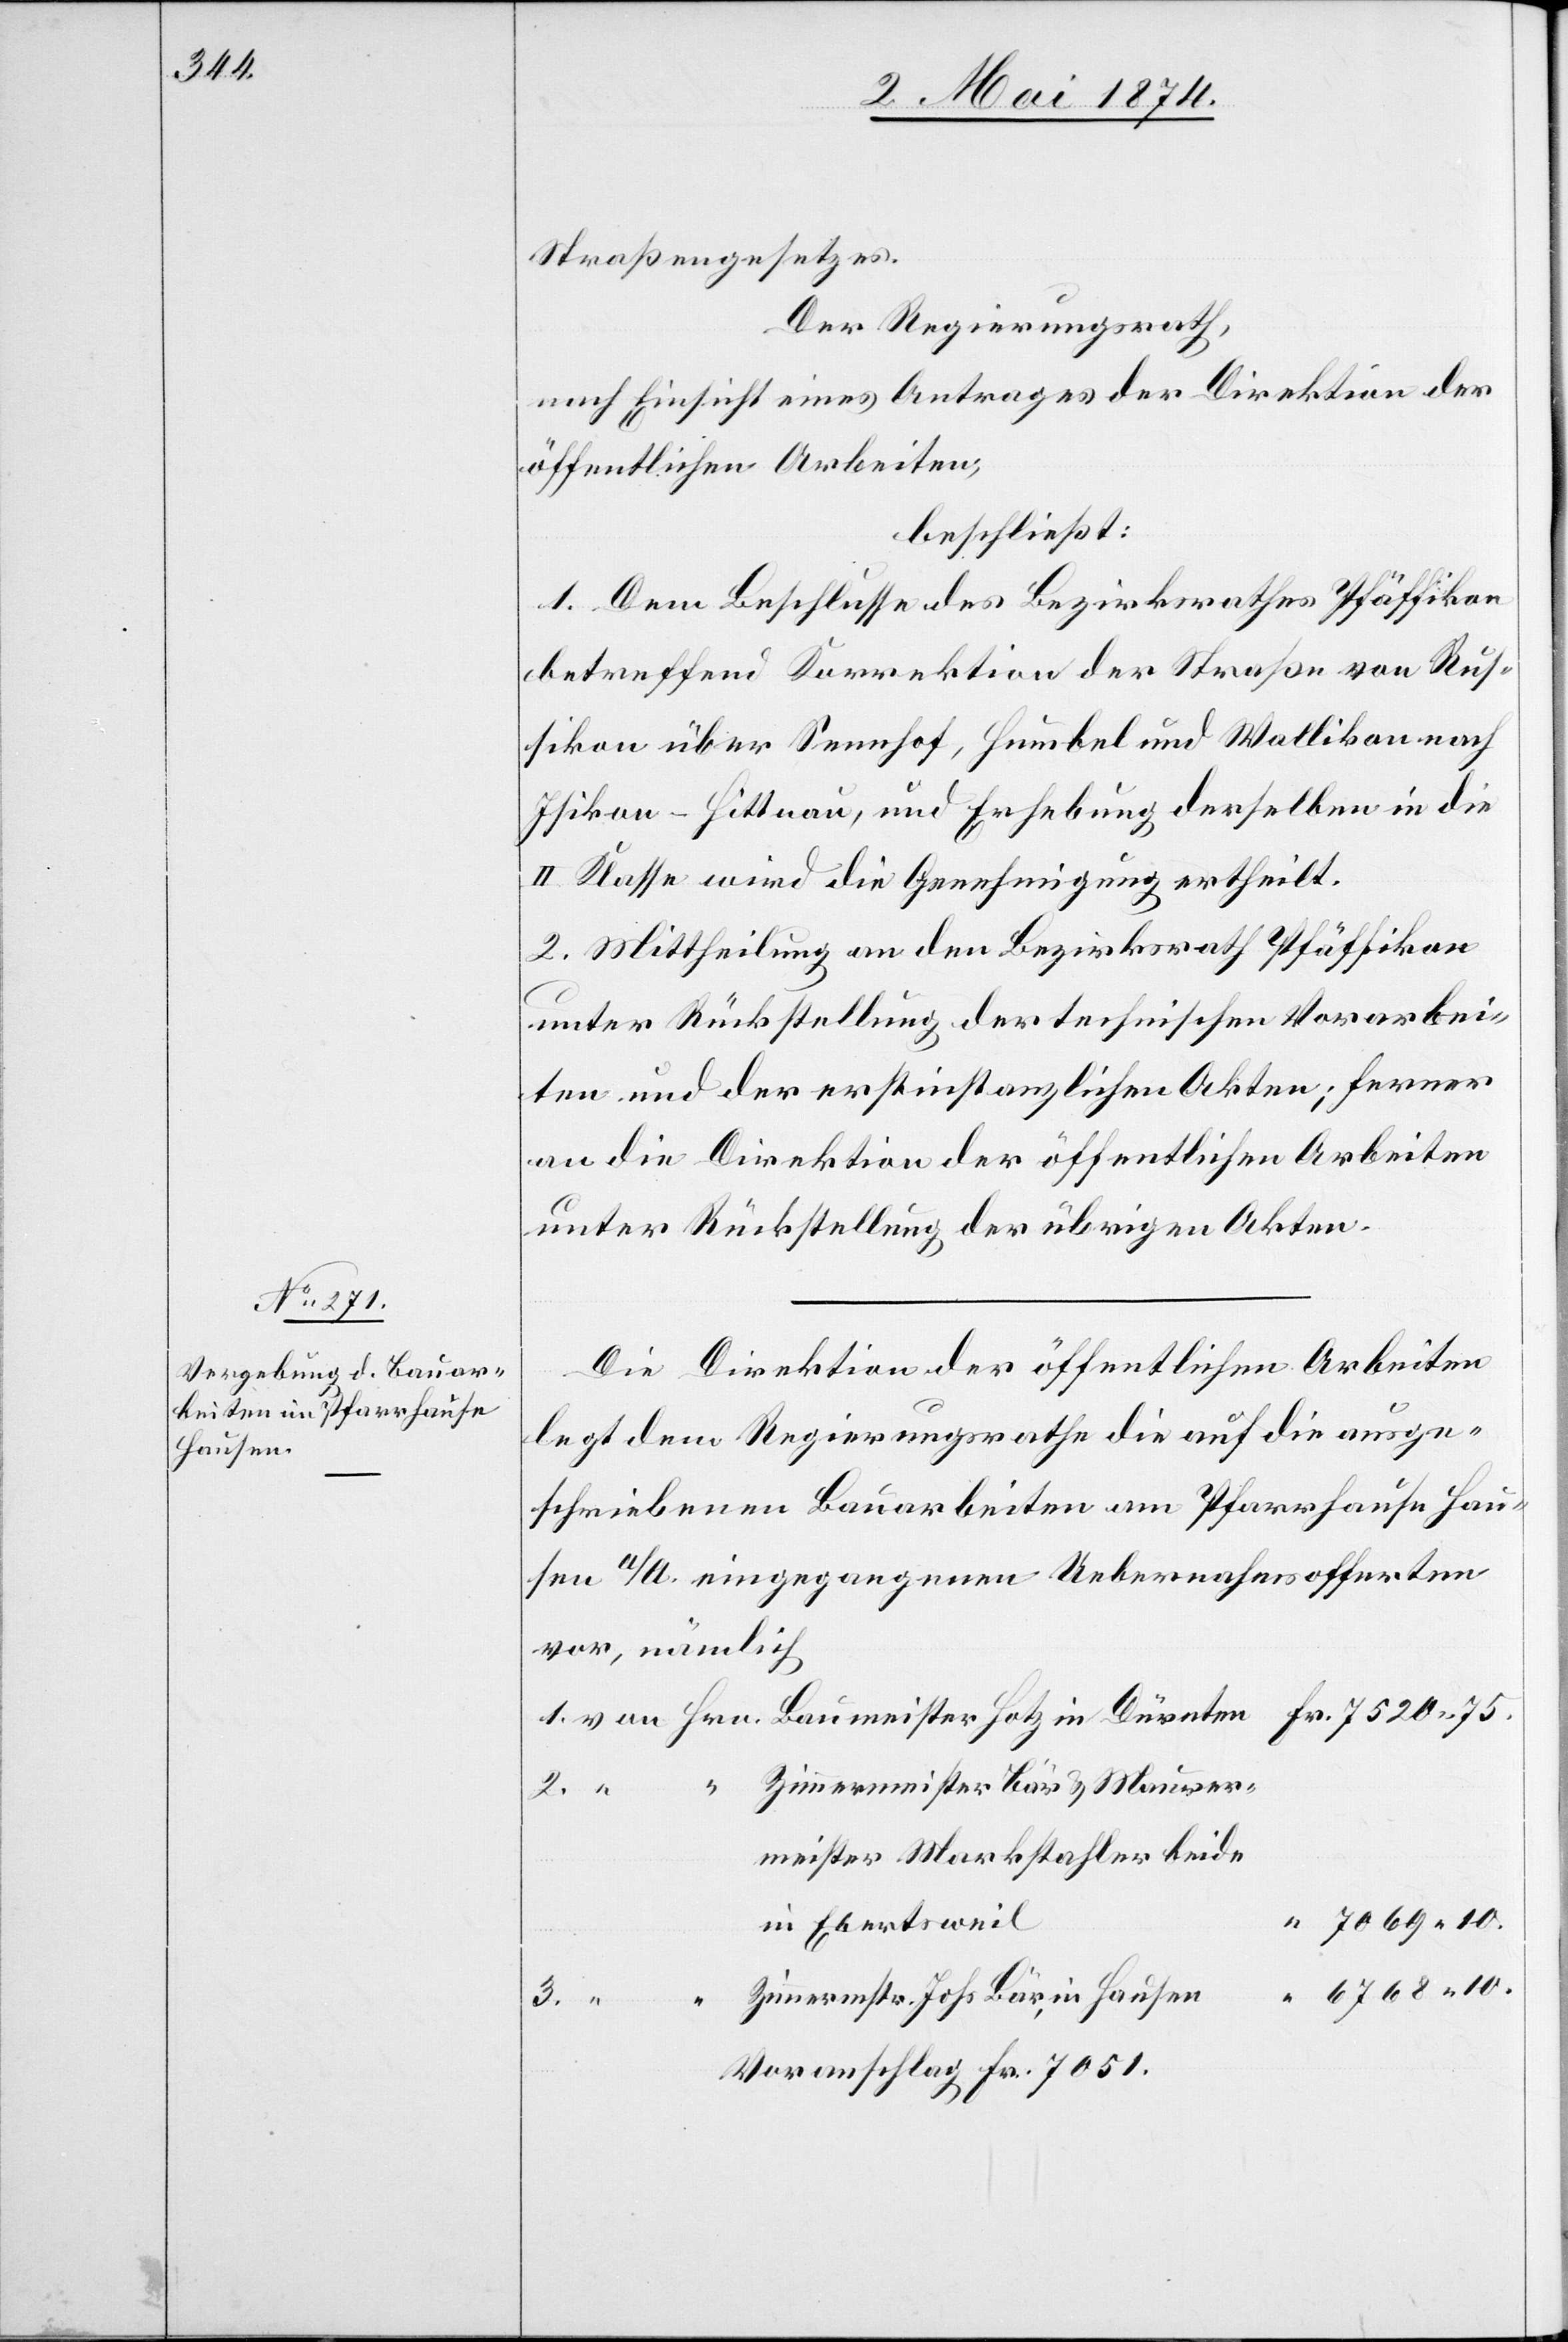
Straßengesetzes.
Der Regierungsrath,
nach Einsicht eines Antrages der Direktion der
öffentlichen Arbeiten,
beschließt:
1. Dem Beschlusse des Bezirksrathes Pfäffikon
betreffend Korrektion der Straße von Rus¬
sikon über Sennhof, Humbel und Wallikon nach
Isikon-Hittnau, und Erhebung derselben in die
II. Klasse wird die Genehmigung ertheilt.
2. Mittheilung an den Bezirksrath Pfäffikon
unter Rückstellung der technischen Vorarbei¬
ten und der erstinstanzlichen Akten; ferner
an die Direktion der öffentlichen Arbeiten
unter Rückstellung der übrigen Akten.
Die Direktion der öffentlichen Arbeiten
legt dem Regierungsrathe die auf die ausge¬
schriebenen Bauarbeiten am Pfarrhause Hau¬
sen a/A. eingegangenen Uebernahmsofferten
vor, nämlich
Zimmermeister Bär u. Maurer¬
meister Markstahler beide
in Ebertsweil
Zimmermstr. Johs Bär, in Hausen
3.
Voranschlag Fr. 7051.